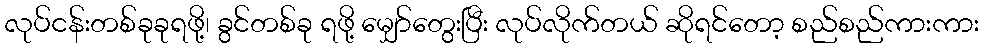
လုပ်ငန်းတစ်ခုခုရဖို့၊ ခွင်တစ်ခု ရဖို့ မျှော်တွေးပြီး လုပ်လိုက်တယ် ဆိုရင်တော့ စည်စည်ကားကား